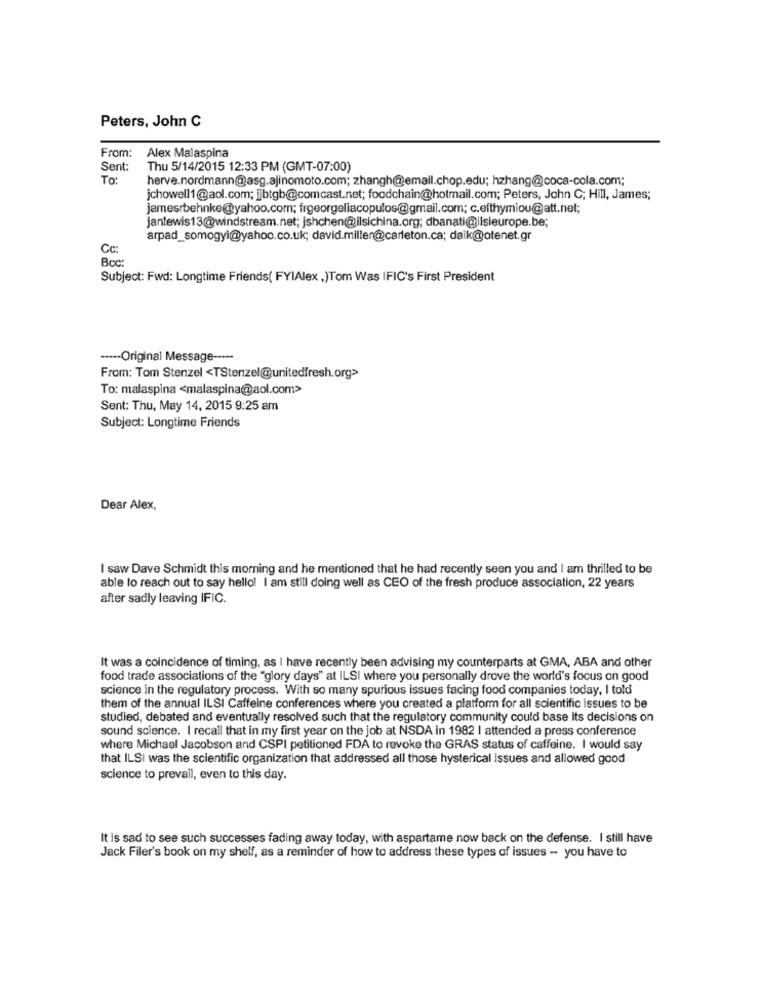
Peters, John C
From: Alex Malaspina
Sent:
Thu 5/14/2015 12:33 PM (GMT-07:00)
To:
herve.nordmann@asg.ajinomoto.com; zhangh@email.chop.edu; hzhang@coca-cola.com;
jchowell1@aol.com; jjbtgb@comcast.net; foodchain@hotmail.com; Peters, John C; Hill, James;
jamesrbehnke@yahoo.com; frgeorgeliacopulos@gmail.com; c.efthymiou@att.net;
janlewis13@windstream.net; jshchen@ilsichina.org; dbanati@ilsieurope.be;
arpad_somogyi@yahoo.co.uk; david.miller@carleton.ca; daik@otenet.gr
Cc:
Boc:
Subject: Fwd: Longtime Friends( FYIAlex ,)Tom Was IFIC's First President
----- Original Message -----
From: Tom Stenzel <TStenzel@unitedfresh.org>
To: malaspina <malaspina@aol.com>
Sent: Thu, May 14, 2015 9:25 am
Subject: Longtime Friends
Dear Alex,
Isaw Dave Schmidt this morning and he mentioned that he had recently seen you and I am thrilled to be
able to reach out to say hello! I am still doing well as CEO of the fresh produce association, 22 years
after sadly leaving IFIC.
It was a coincidence of timing, as I have recently been advising my counterparts at GMA, ABA and other
food trade associations of the "glory days" at ILSI where you personally drove the world's focus on good
science in the regulatory process. With so many spurious issues facing food companies today, I told
them of the annual ILSI Caffeine conferences where you created a platform for all scientific issues to be
studied, debated and eventually resolved such that the regulatory community could base its decisions on
sound science. I recall that in my first year on the job at NSDA in 1982 | attended a press conference
where Michael Jacobson and CSPI petitioned FDA to revoke the GRAS status of caffeine. I would say
that ILSI was the scientific organization that addressed all those hysterical issues and allowed good
science to prevail, even to this day.
It is sad to see such successes fading away today, with aspartame now back on the defense. I still have
Jack Filer's book on my shelf, as a reminder of how to address these types of issues - you have to